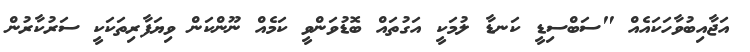
އަޖާއިބުވާހަކައެއް "ސަބްސިޑީ ކަނޑާ ލުމަކީ އަގުތައް ބޮޑުވަންވީ ކަމެއް ނޫންކަން ވިޔަފާރިތަކަކީ ސަރުކާރުން